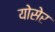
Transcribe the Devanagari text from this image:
योसेर